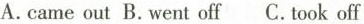
A.came out B. went off C.tookoff